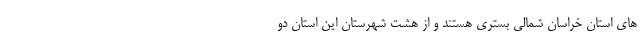
های استان خراسان شمالی بستری هستند و از هشت شهرستان این استان دو